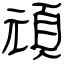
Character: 頑